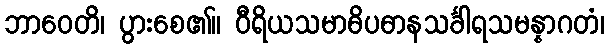
ဘာဝေတိ၊ ပွားစေ၏။ ဝီရိယသမာဓိပဓာနသင်္ခါရသမန္နာဂတံ၊